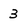
Character: 3